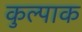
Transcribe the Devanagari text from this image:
कुल्पाक